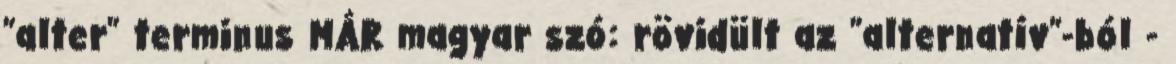
"alter" terminus MÁR magyar szó: rövidült az "alternatív"-ból -